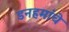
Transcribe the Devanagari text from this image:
डनहमांचे